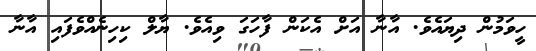
ހީވަމުން ދިޔައެވެ. އާނާ އަށް އެކަން ފާހަގަ ވިއެވެ. ޔާލް ކިހިނެއްވެފައި އާނާ